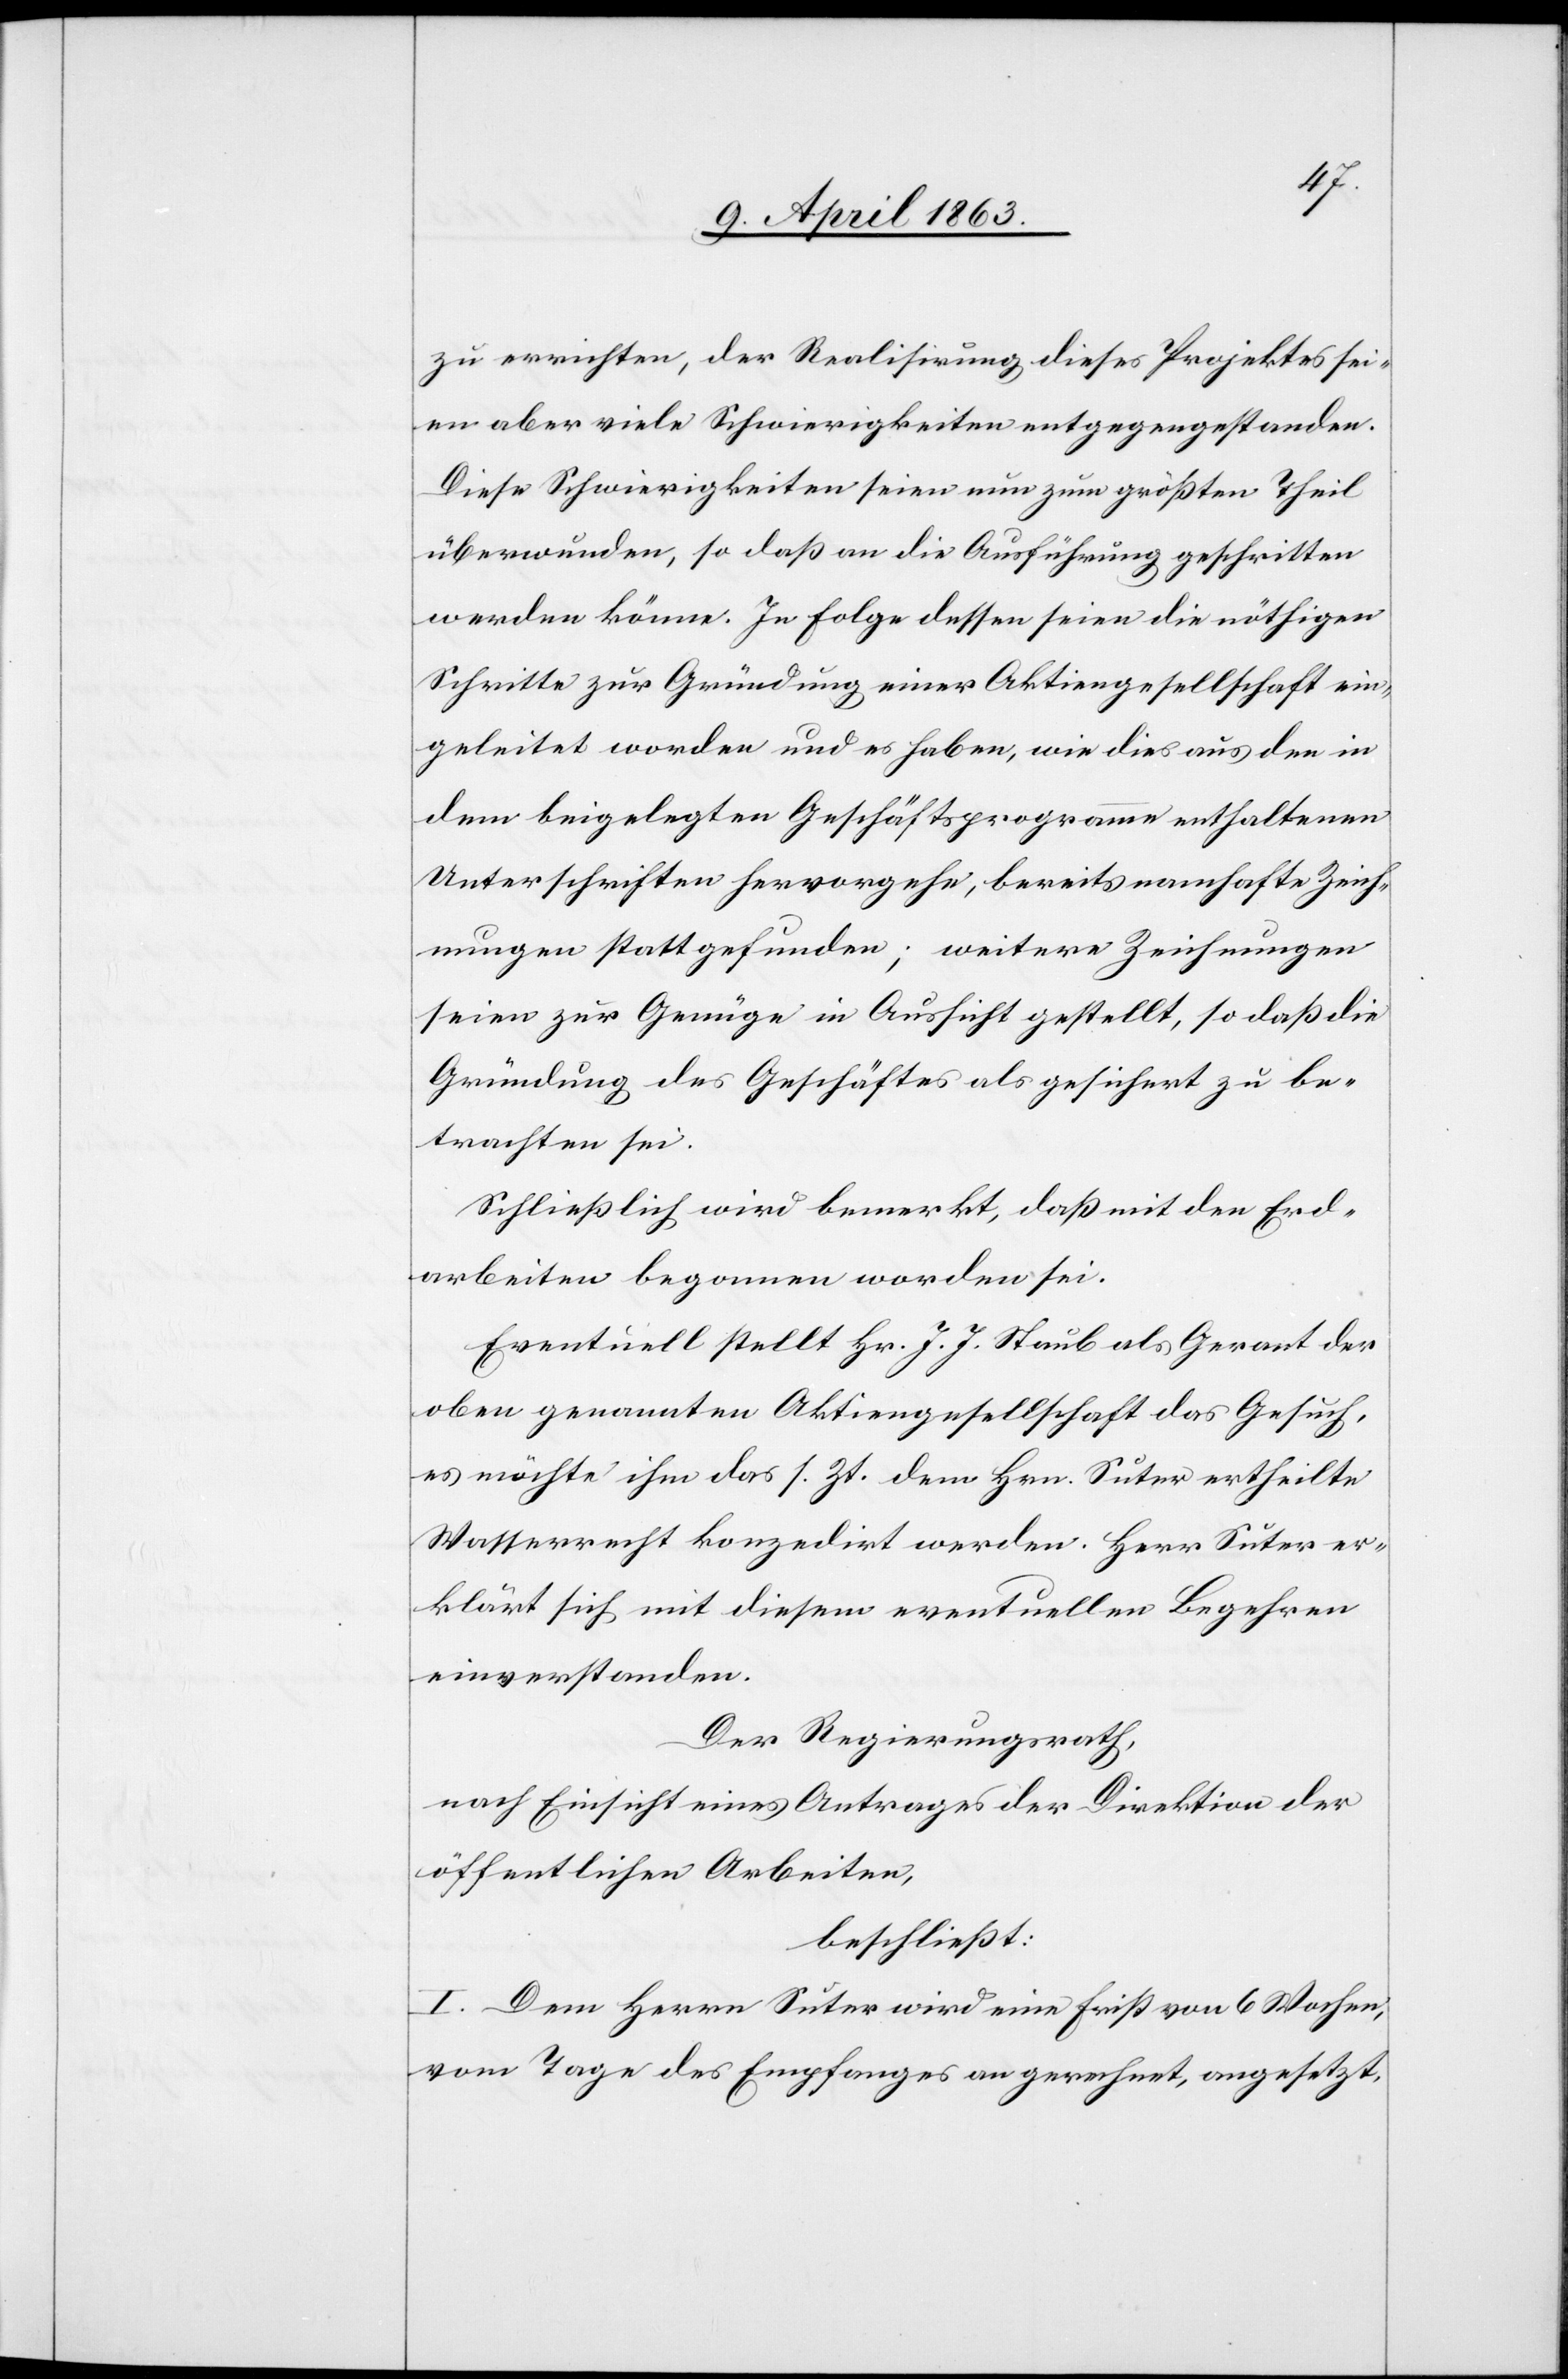
zu errichten, der Realisirung dieses Projektes sei¬
en aber viele Schwierigkeiten entgegengestanden.
Diese Schwierigkeiten seien nun zum größten Theil
überwunden, so daß an die Ausführung geschritten
werden könne. In Folge dessen seien die nöthigen
Schritte zur Gründung einer Aktiengesellschaft ein¬
geleitet worden und es haben, wie dies aus den in
dem beigelegten Geschäftsprogramme enthaltenen
Unterschriften hervorgehe, bereits namhafte Zeich¬
nungen stattgefunden; weitere Zeichnungen
seien zur Genüge in Aussicht gestellt, so daß die
Gründung des Geschäftes als gesichert zu be¬
trachten sei.
Schließlich wird bemerkt, daß mit den Erd¬
arbeiten begonnen worden sei.
Eventuell stellt Hr. J. J. Staub als Gerant der
oben genannten Aktiengesellschaft das Gesuch,
es möchte ihm das s. Zt. dem Hrn. Suter ertheilte
Wasserrecht konzedirt werden. Herr Suter er¬
klärt sich mit diesem eventuellen Begehren
einverstanden.
Der Regierungsrath,
nach Einsicht eines Antrages der Direktion der
öffentlichen Arbeiten,
beschließt:
I. Dem Herrn Suter wird eine Frist von 6 Wochen
vom Tage des Empfanges an gerechnet, angesetzt,